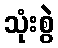
သုံးစွဲ